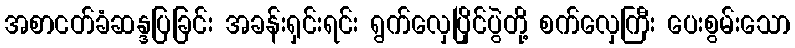
အစာငတ်ခံဆန္ဒပြခြင်း အခန်းရှင်းရင်း ရွက်လှေပြိုင်ပွဲတို့ စက်လှေကြီး ပေးစွမ်းသော